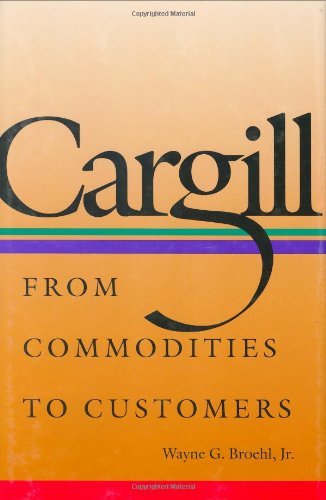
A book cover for Cargill: From Commodities to Customers; Wayne G. Broehl Jr.; Business & Money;